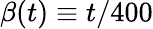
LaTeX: \beta(t)\equiv t/400